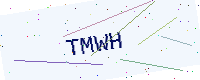
Text: TMWH